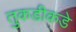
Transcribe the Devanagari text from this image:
तुकडीकडे